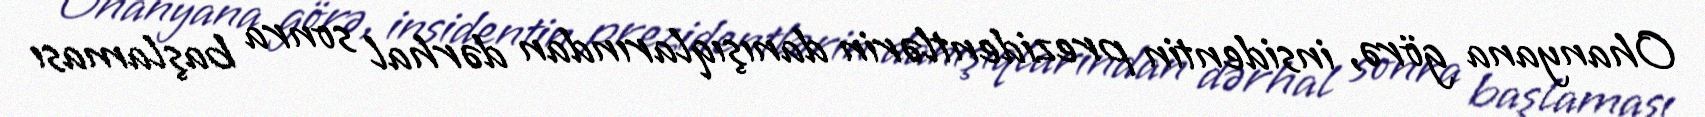
Ohanyana görə, insidentin prezidentlərin danışıqlarından dərhal sonra başlaması